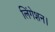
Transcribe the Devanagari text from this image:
लिंगेशन।